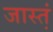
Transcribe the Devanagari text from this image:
जास्‍त्‍ा